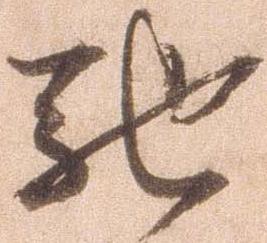
馳